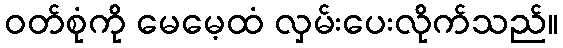
ဝတ်စုံကို မေမေ့ထံ လှမ်းပေးလိုက်သည်။